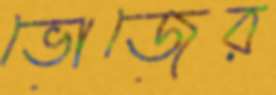
ভোজের